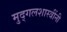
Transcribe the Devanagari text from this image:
मुद्गलशास्त्रींनी